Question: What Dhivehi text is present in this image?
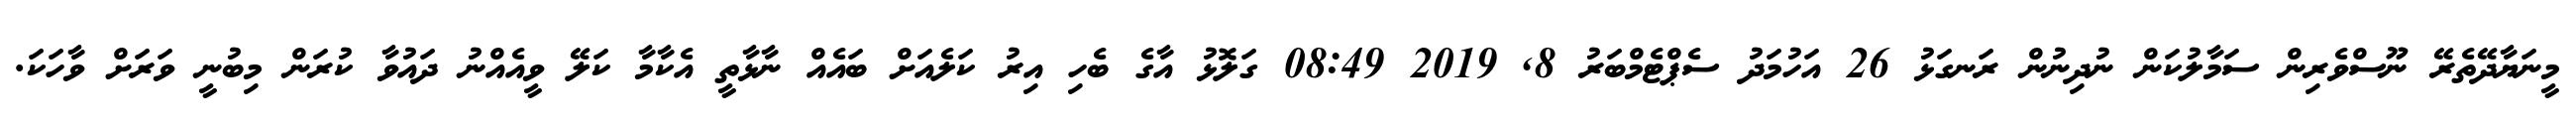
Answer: މީނަޔާދޭތެރޭ ނޫސްވެރިން ސަމާލުކަން ނުދިނުން ރަނގަޅު 26 އަހުމަދު ސެޕްޓެމްބަރު 8, 2019 08:49 ގަލޮޅު އާގެ ބެހި އިރު ކަލެއަށް ބައެއް ނާޅާތީ އެކާމާ ކަލޭ ވީއެއްނު ދައުވާ ކުރަން މިބުނީ ވަރަށް ވާހަކަ.